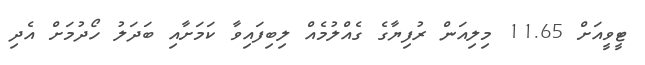
ޓީވީއަށް 11.65 މިލިއަން ރުފިޔާގެ ގެއްލުމެއް ލިބިފައިވާ ކަމަށާއި ބަދަލު ހޯދުމަށް އެދި